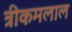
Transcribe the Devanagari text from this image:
त्रीकमलाल